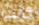
كانت